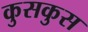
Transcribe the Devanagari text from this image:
कुसकुस